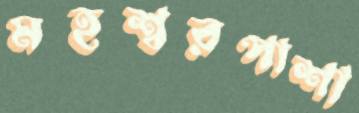
মহশ্বরপাশা